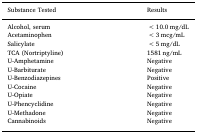
<table><thead><tr><td><b>Substance Tested</b></td><td><b>Results</b></td></tr></thead><tbody><tr><td>Alcohol, serum</td><td>&lt;10.0 mg/dL</td></tr><tr><td>Acetaminophen</td><td>&lt;3 mcg/mL</td></tr><tr><td>Salicylate</td><td>&lt;5 mg/dL</td></tr><tr><td>TCA (Nortriptyline)</td><td>1581 ng/mL</td></tr><tr><td>U-Amphetamine</td><td>Negative</td></tr><tr><td>U-Barbiturate</td><td>Negative</td></tr><tr><td>U-Benzodiazepines</td><td>Positive</td></tr><tr><td>U-Cocaine</td><td>Negative</td></tr><tr><td>U-Opiate</td><td>Negative</td></tr><tr><td>U-Phencyclidine</td><td>Negative</td></tr><tr><td>U-Methadone</td><td>Negative</td></tr><tr><td>Cannabinoids</td><td>Negative</td></tr></tbody></table>